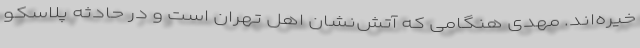
خیره‌اند. مهدی هنگامی که آتش‌نشان اهل تهران است و در حادثه پلاسکو